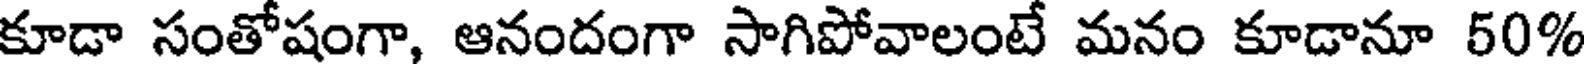
కూడా సంతోషంగా, ఆనందంగా సాగిపోవాలంటే మనం కూడానూ 50%